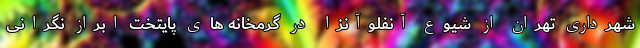
شهرداری تهران از شیوع آنفلوآنزا در گرمخانه های پایتخت ابراز نگرانی